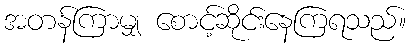
အတန်ကြာမျှ စောင့်ဆိုင်းနေကြရသည်။